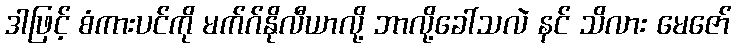
ဒါဖြင့် စံကားပင်ကို မက်ဂ်နိုလီယာလို့ ဘာလို့ခေါ်သလဲ နင် သိလား မေဇော်